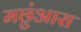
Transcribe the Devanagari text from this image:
मछुंआरा